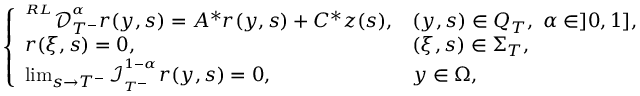
\left\{ \begin{array} { l l l l } { ^ { ^ { R L } } \mathcal { D } _ { T ^ { - } } ^ { ^ \alpha } r ( y , s ) = A ^ { * } r ( y , s ) + C ^ { * } z ( s ) , } & { ( y , s ) \in Q _ { T } , \ \alpha \in ] 0 , 1 ] , } \\ { r ( \xi , s ) = 0 , } & { ( \xi , s ) \in \Sigma _ { T } , } \\ { \operatorname* { l i m } _ { s \rightarrow T ^ { - } } \mathcal { I } _ { _ { T ^ { - } } } ^ { ^ { 1 - \alpha } } r ( y , s ) = 0 , } & { y \in \Omega , } \end{array} \right.